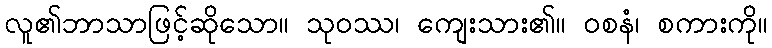
လူ၏ဘာသာဖြင့်ဆိုသော။ သုဝဿ၊ ကျေးသား၏။ ဝစနံ၊ စကားကို။